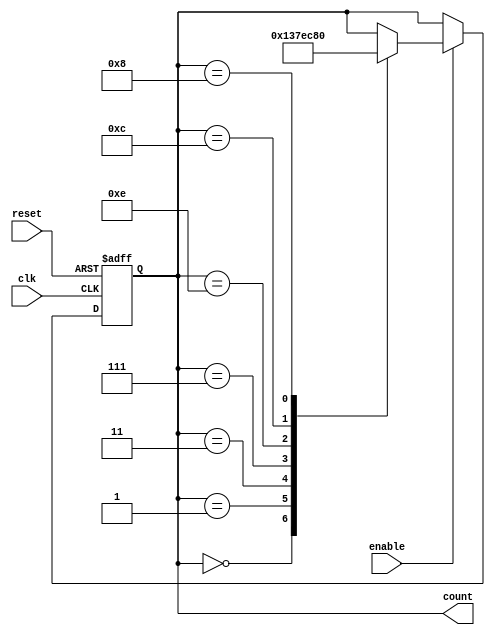
module Johnson_Counter(
    input clk,
    input reset,
    input enable,
    output reg [3:0] count
);

always @(posedge clk or posedge reset) begin
    if (reset) begin
        count <= 4'b0000;
    end else if (enable) begin
        case (count)
            4'b0000: count <= 4'b0001;
            4'b0001: count <= 4'b0011;
            4'b0011: count <= 4'b0111;
            4'b0111: count <= 4'b1110;
            4'b1110: count <= 4'b1100;
            4'b1100: count <= 4'b1000;
            4'b1000: count <= 4'b0000;
        endcase
    end
end

endmodule